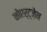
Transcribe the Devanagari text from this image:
कोएर्ट्ज़ेन